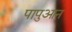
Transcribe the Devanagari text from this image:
पापुआन